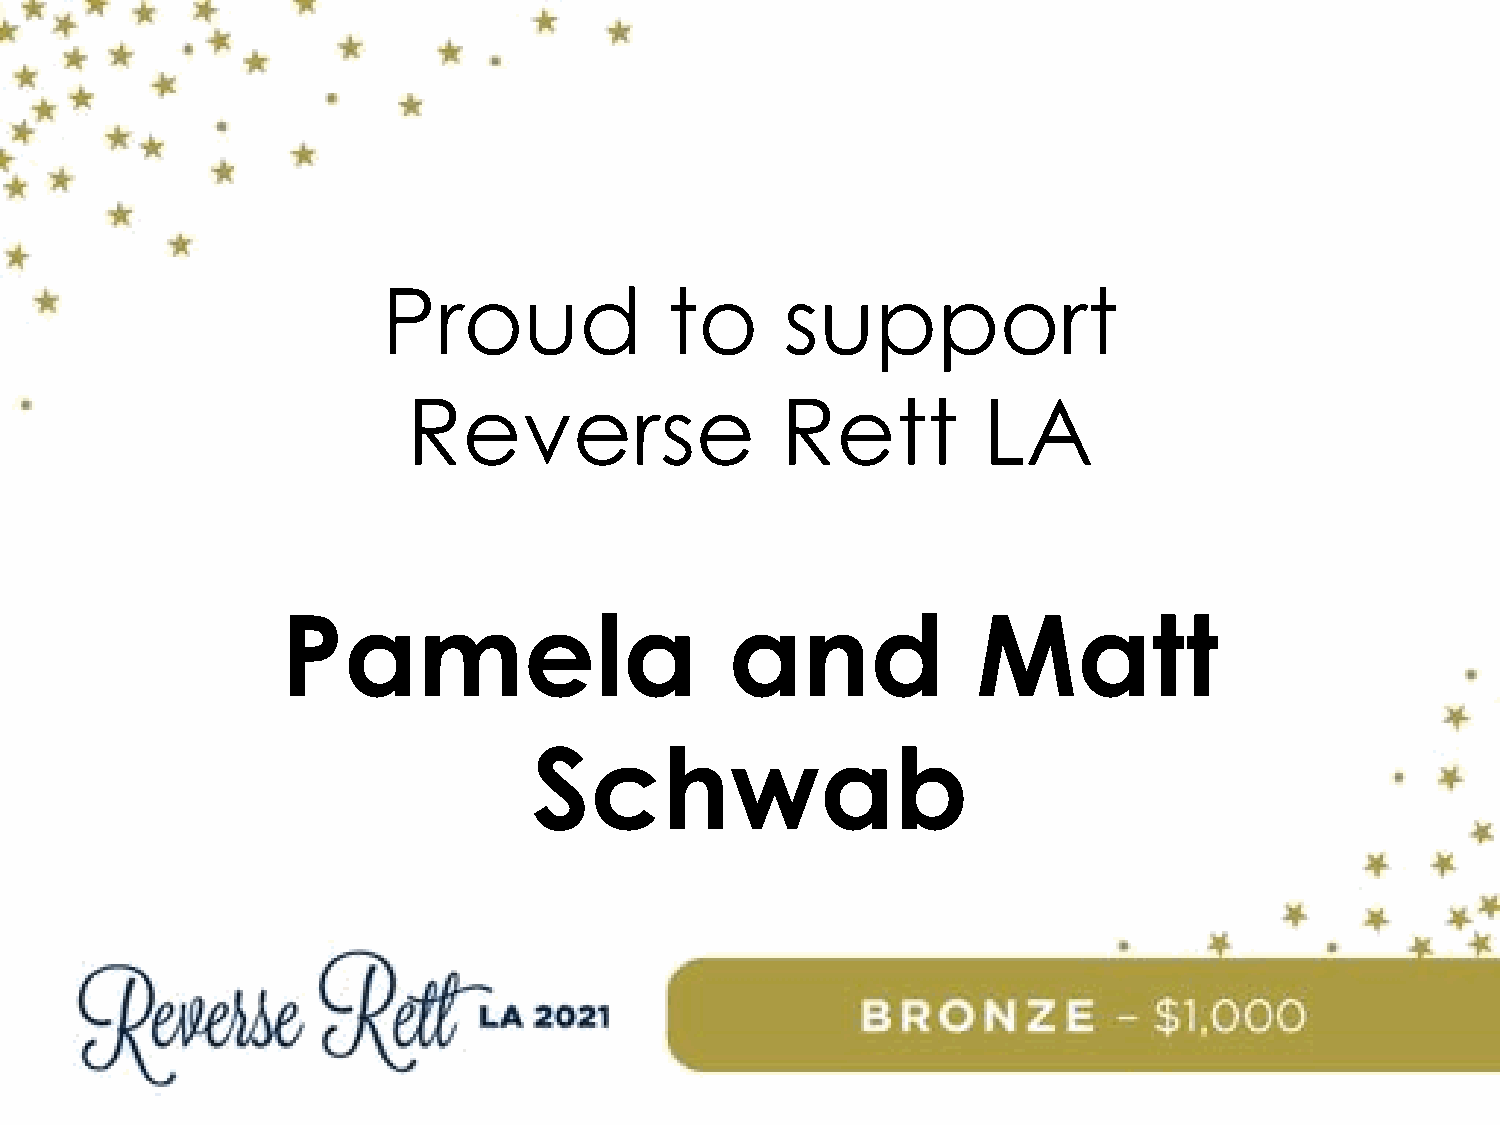
Proud              to      support
 Reverse                  Rett         LA
 Pamela                       and              Matt
 Schwab